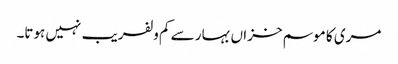
مری کا موسم خزاں بہار سے کم ولفریب نہیں ہوتا۔